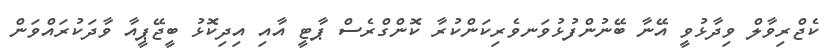
ކެޖްރިވާލް ވިދާޅުވީ އޭނާ ބޭނުންފުޅުވަނވެރިކަންކުރާ ކޮންގްރެސް ޕާޓީ އާއި އިދިކޮޅު ބީޖޭޕީއާ ވާދަކުރައްވަން